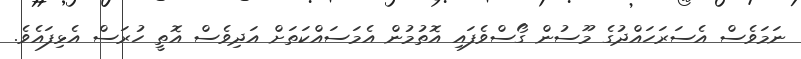
ނަމަވެސް އެސަރަހައްދުގެ މޫސުން ގޯސްވެފައި އޮތުމުން އެމަސައްކަތަށް އަދިވެސް އޮތީ ހުރަސް އެޅިފައެވެ.